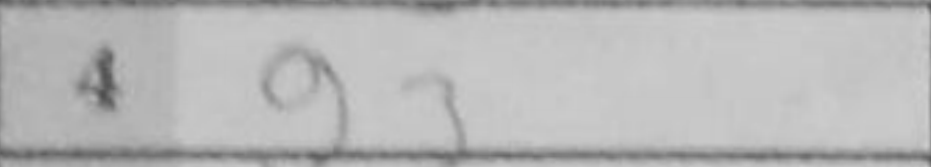
Transcription: g3